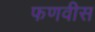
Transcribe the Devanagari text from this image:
फणवीस